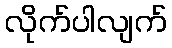
လိုက်ပါလျက်